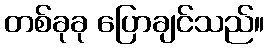
တစ်ခုခု ပြောချင်သည်။